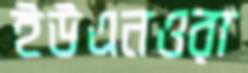
ইউএনওরা